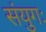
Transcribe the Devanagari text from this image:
संयुगः